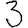
Digit: 3